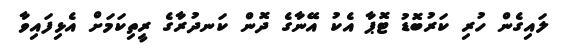
ލައިގެން ހުރި ކަރުބޮޑު ޓޮޕާ އެކު އޭނާގެ ދޮން ކަނދުރާގެ ރީތިކަމަށް އެޅިފައިވާ